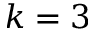
k = 3